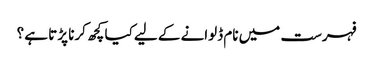
فہرست میں نام ڈلوانے کے لیے کیا کچھ کرنا پڑتا ہے ؟